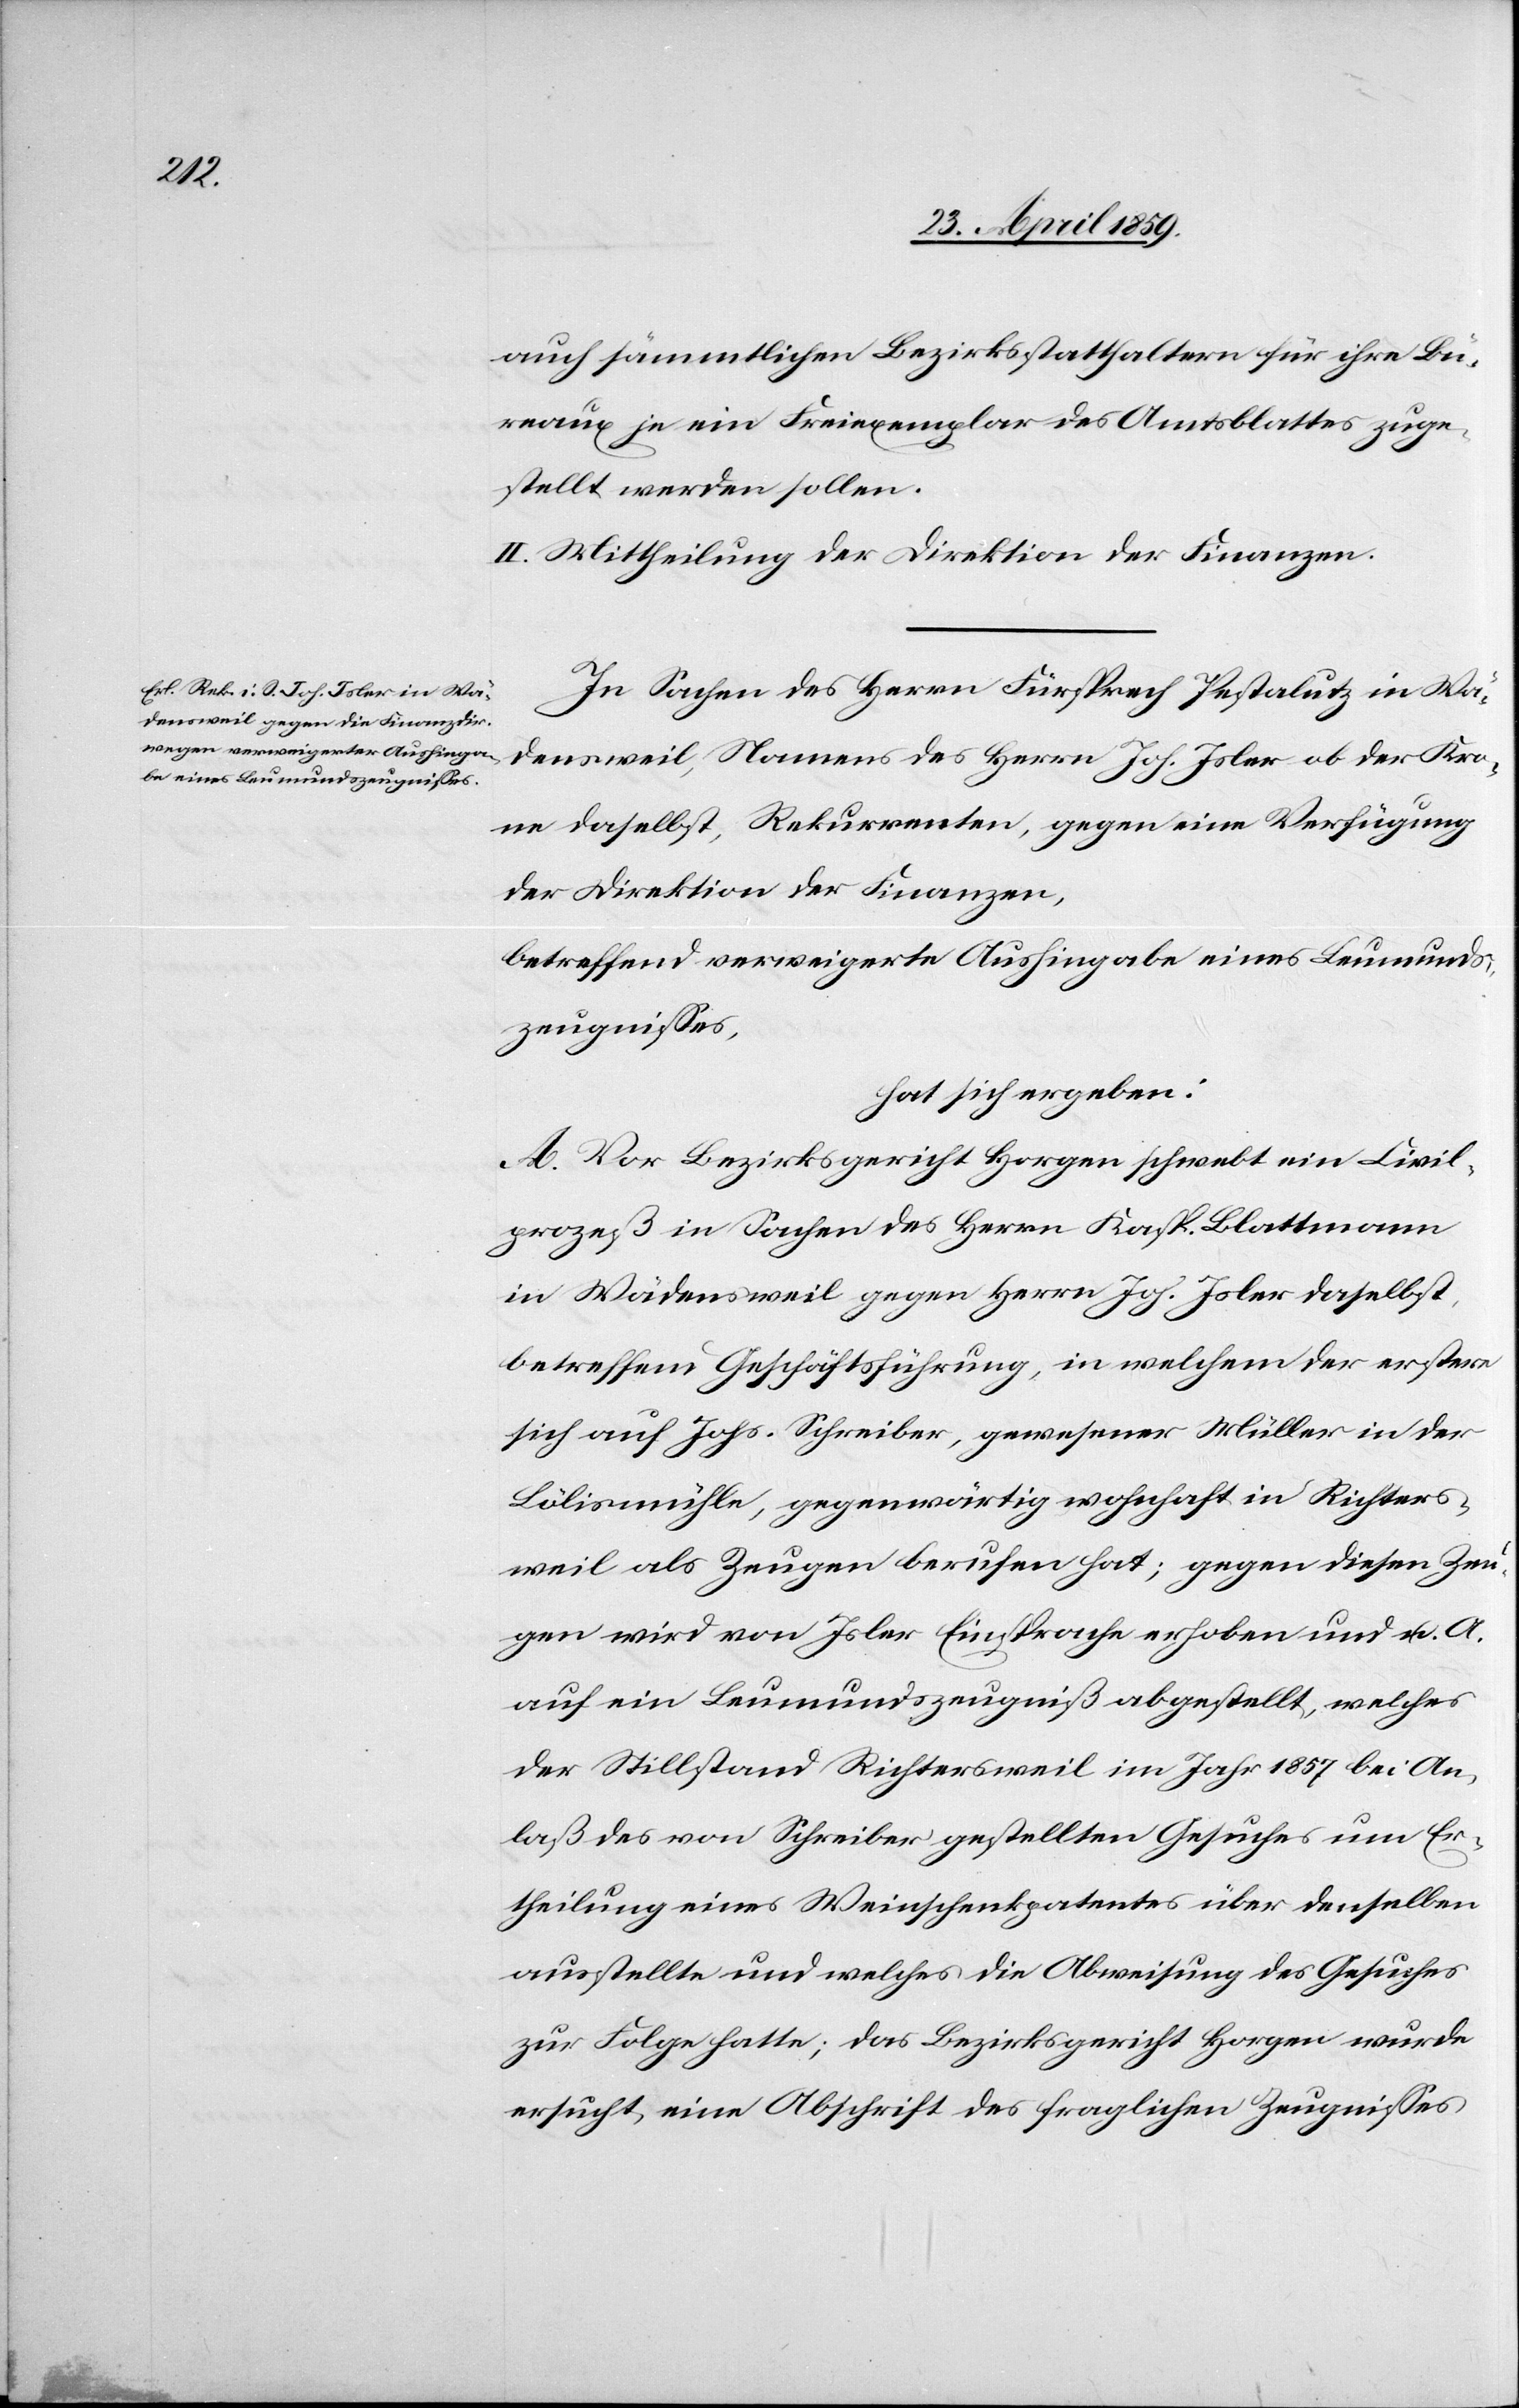
auch sämmtlichen Bezirksstatthaltern für ihre Bü¬
reaux je ein Freiexemplar des Amtsblattes zuge¬
stellt werden sollen.
II. Mittheilung der Direktion der Finanzen.
In Sachen des Herrn Fürsprech Pestalutz in Wä¬
densweil, Namens des Herrn Joh. Isler ob der Kro¬
ne daselbst, Rekurrenten, gegen eine Verfügung
der Direktion der Finanzen,
betreffend verweigerte Aushingabe eines Leumund¬
zeugnißes,
hat sich ergeben:
A. Vor Bezirksgericht Horgen schwebt ein Civil¬
prozeß in Sachen des Herrn Kasp. Blattmann
in Wädensweil gegen Herrn Joh. Isler daselbst,
betreffend Geschäftsführung, in welchem der erstere
sich auf Johs. Schreiber, gewesener Müller in der
Lölismühle, gegenwärtig wohnhaft in Richters¬
weil als Zeugen berufen hat; gegen diesen Zeu¬
gen wird von Isler Einsprache erhoben und u. A.
auf ein Leumundszeugniß abgestellt, welches
der Stillstand Richtersweil im Jahr 1857 bei An¬
laß des von Schreiber gestellten Gesuches um Er¬
theilung eines Weinschenkpatentes über denselben
ausstellte und welches die Abweisung des Gesuches
zur Folge hatte; das Bezirksgericht Horgen wurde
ersucht, eine Abschrift des fraglichen Zeugnißes